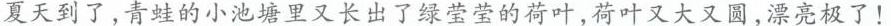
夏天到了，青蛙的小池塘里又长出了绿莹莹的荷叶，荷叶又大又圆，漂亮极了！